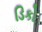
ડિકો